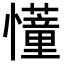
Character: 𢤦